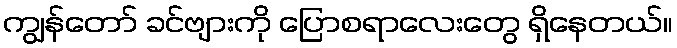
ကျွန်တော် ခင်ဗျားကို ပြောစရာလေးတွေ ရှိနေတယ်။